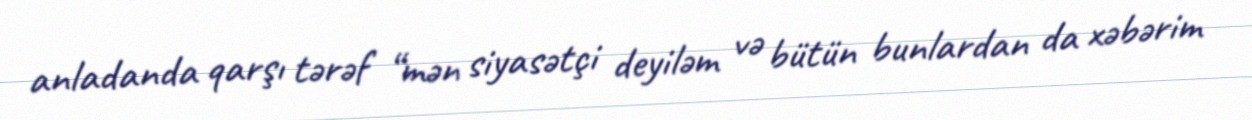
anladanda qarşı tərəf “mən siyasətçi deyiləm və bütün bunlardan da xəbərim